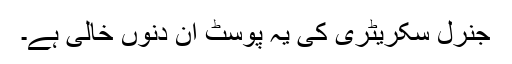
جنرل سکریٹری کی یہ پوسٹ ان دنوں خالی ہے۔